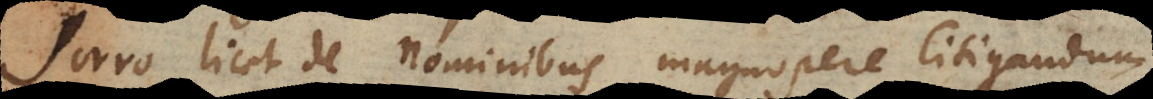
Porro licet de nominibus magnopere litigandum